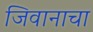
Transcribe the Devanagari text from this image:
जिवानाचा